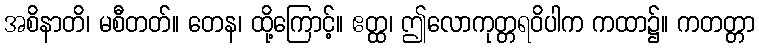
အစိနာတိ၊ မစီတတ်။ တေန၊ ထို့ကြောင့်။ ဧတ္ထ၊ ဤလောကုတ္တရဝိပါက ကထာ၌။ ကတတ္တာ